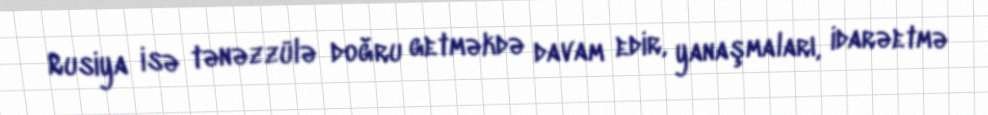
Rusiya isə tənəzzülə doğru getməkdə davam edir, yanaşmaları, idarəetmə